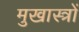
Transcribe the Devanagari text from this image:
मुखास्त्रों